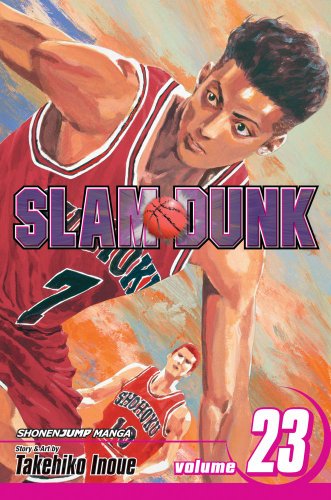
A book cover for Slam Dunk, Vol. 23; Takehiko Inoue; Comics & Graphic Novels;